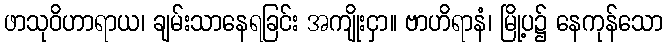
ဖာသုဝိဟာရာယ၊ ချမ်းသာနေရခြင်း အကျိုးငှာ။ ဗာဟိရာနံ၊ မြို့ပ၌ နေကုန်သော